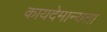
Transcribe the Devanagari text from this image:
कायदेमान्यता